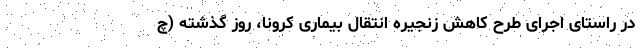
در راستای اجرای طرح کاهش زنجیره انتقال بیماری کرونا، روز گذشته (چ